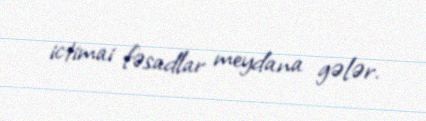
ictimai fəsadlar meydana gələr.